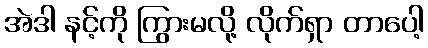
အဲဒါ နင့်ကို ကြွားမလို့ လိုက်ရှာ တာပေါ့